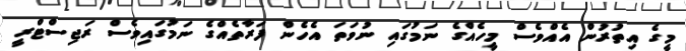
މީގެ އިތުރުން އެއްވެސް މީހެއްގެ ނަމުގައި ނުވަތަ އެހެން ފަރާތެއްގެ ނަމުގައިވެސް ރަޖިސްޓްރީ